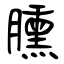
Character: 臐